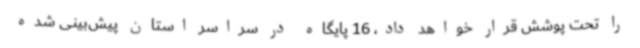
را تحت پوشش قرار خواهد داد، 16 پایگاه در سراسر استان پیش‌بینی شده